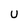
Character: U